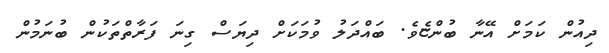
ދިއުން ކަމަށް އޭނާ ބުންޏެވެ. ބައްދަލު ވުމަކަށް ދިޔަސް ގިނަ ފަރާތްތަކުން ބުނަމުން